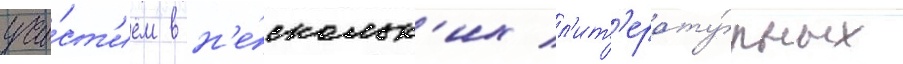
уча́ст'ием в н'е́скольк'их л'ит'ерату́рных